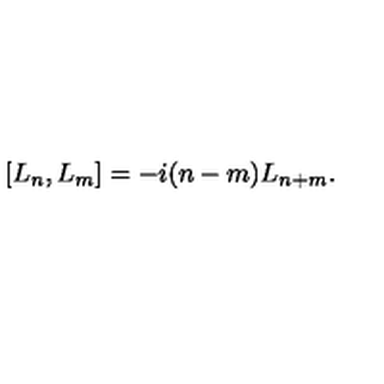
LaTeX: \left[ L _ { n } , L _ { m } \right] = - i ( n - m ) L _ { n + m } .